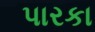
પારકા